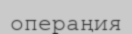
операңия